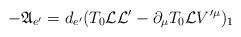
LaTeX: \begin{gather*}-\mathfrak{A}_{e^{\prime}}=d_{e^{\prime}}(T_{0}\mathcal{L} \mathcal{L}^{\prime}-\partial_{\mu}T_{0}\mathcal{L}V^{\prime\mu})_{1}\end{gather*}